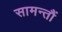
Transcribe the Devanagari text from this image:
सामन्तौं